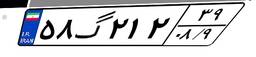
۵۸گ۲۱۲۳۹